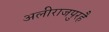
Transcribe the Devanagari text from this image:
अलीराजपुरहै